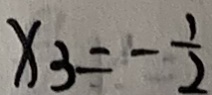
x _ { 3 } = - \frac { 1 } { 2 }